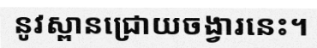
នូវស្ពានជ្រោយចង្វារនេះ។